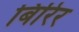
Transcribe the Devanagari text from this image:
बिरिर